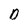
Character: O